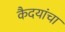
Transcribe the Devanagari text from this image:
कैदयांचा